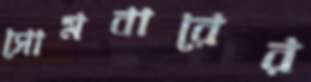
সোমবারের